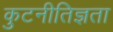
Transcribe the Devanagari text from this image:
कुटनीतिज्ञता